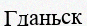
Гданьск